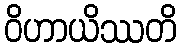
ဝိဟာယိဿတိ